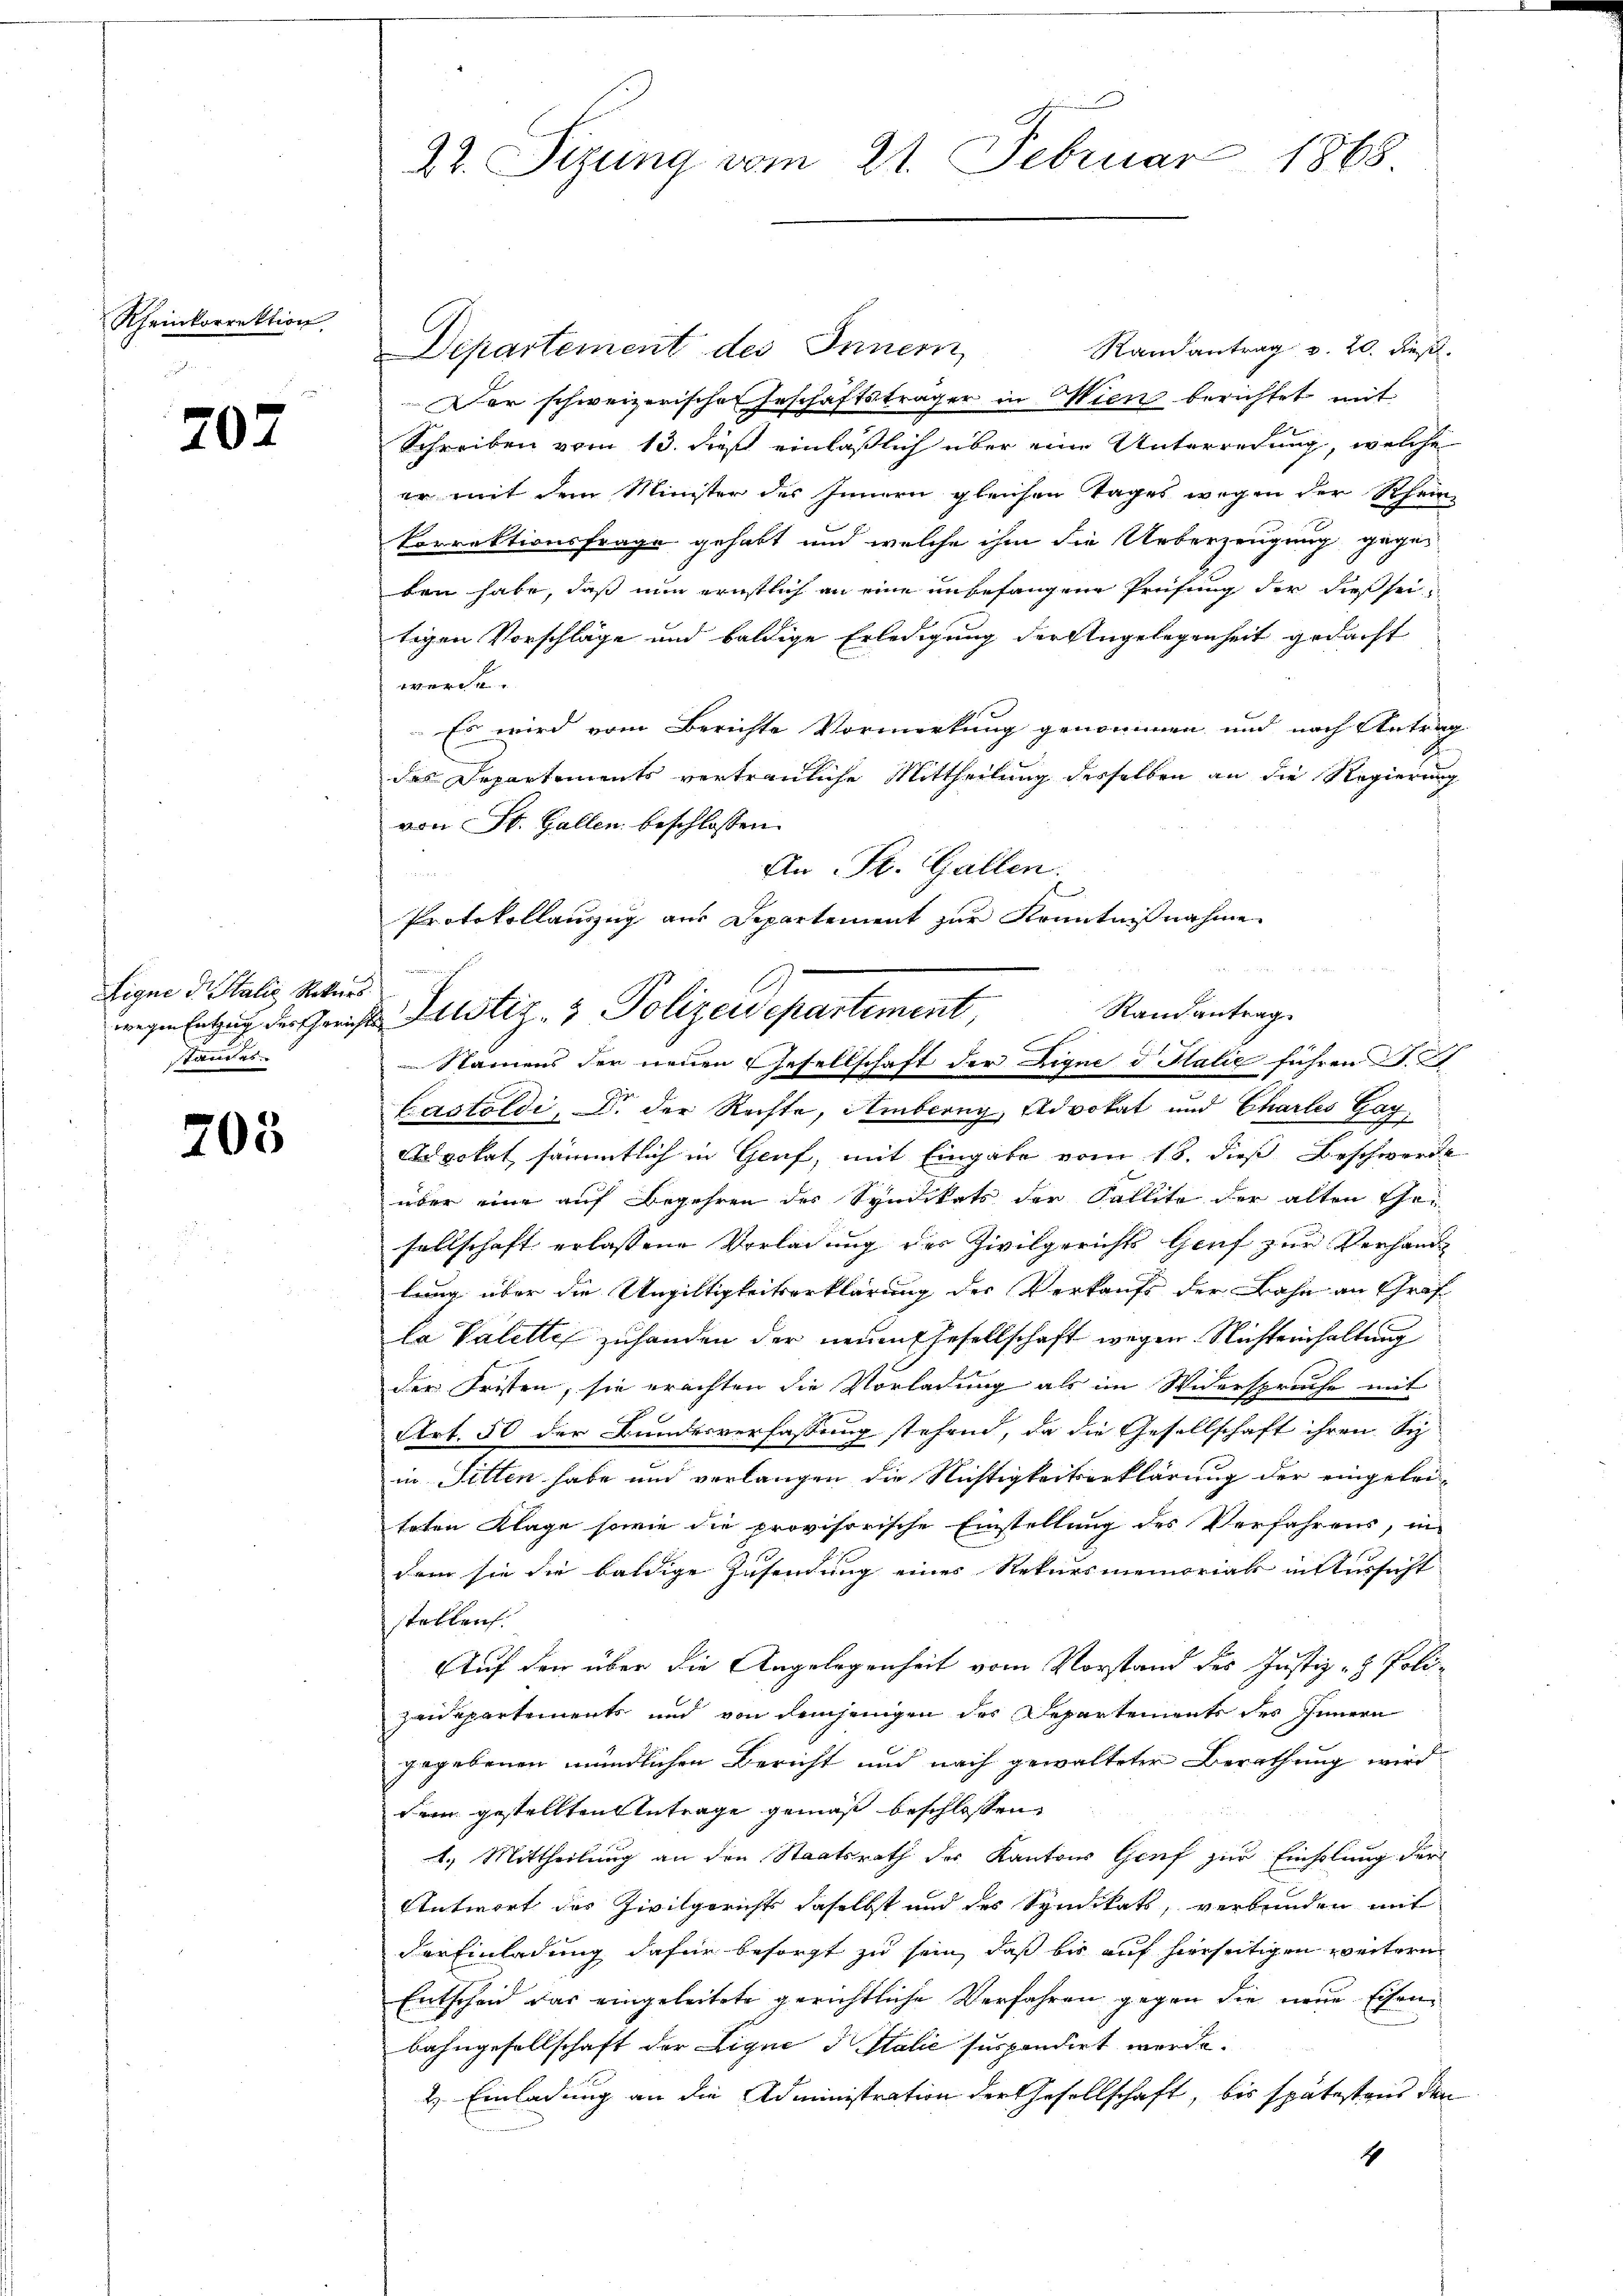
Rheinkorrektion

707

Eigne d. Stalie Rekurs.
stand es

203

22. Sizung vom 21. Februar 1868

Randantrag v. 20. dieß.
Departement des Innern
Der schweizerischen Geschäftsträger in Wien berichtet mit
Schreiben vom 13. dieß einläßlich über eine Unterredung, welche
er mit dem Minister des Innern gleichen Tages wegen der Rhein-
Vorrektionsfrage gehabt und welche ihm die Ueberzeugung gegen
ben habe, daß nun ernstlich an eine unbefangene Prüfung der dießseitigen Vorschläge und baldige Erledigung der Angelegenheit gedacht
.
Es wird vom Berichte Vormerkung genommen und nach Antrag
des Departements vertrauliche Mittheilung derselben an die Regierung
von St. Gallen beschlossen:
An St. Gallen.
.
Protokollanzug aus Departement zur Kenntnißnahme

ierun
Randantrag.
wegen Entzug der Gerichts Justiz- & Polizeisepartement
Namens der neuen Gesellschaft der Digne d. Halić führen d. 21

Lastoldi, der Rechte, Amberg, Advokat und Chartes Gag
Epokat sämmtlich in Genf, mit Eingabe vom 18. dieß Beschwerde
über eine auf Begehren der Syndikats der Fallite der alten Thei
sellschaft erlassene Vorladung der Zivilgerichts Genf zur Verhand
lung über die Ungültigkeitserklärung des Verkaufs der Bahn an Graf
la Valette zuhanden der neuen Ehesellschaft wegen Nichteinhaltung
der Fristen, sie erachten die Vorladung als im Widersprache mit
Art. 50 der Bundesverfassung stehend, da die Gesellschaft ihren Sch
in Sitten habe und verlangen die Nichtigkeitserklärung der eingetri-
teten Klage sowie die provisorische Einstellung des Verfahrens, in
dem sie die baldige Zusendung eines Rekursmemorials in Aussicht
stellen.
Auf den über die Angelegenheit vom Vorstand des Justiz- & Polizeidepartements und von demjenigen der Departements des Innern
gegebenen mündlichen Bericht und nach gewalteter Berathung wird
Dein gestellten Antrage gemäß beschlossen,
1.) Mittheilung an den Staatsrath des Kantons Genf zur Einholung der
Antwort des Zivilgericht daselbst und des Syndikats, verbunden mit
der Einladung dafür besorgt zu sein, daß bis auf hierseitigen weitern
Entscheid das eingeleitete gerichtliche Verfahren gegen die neue Eisen¬
Bahngesellschaft der Lique d Italić suspendirt werde.
2. Einladung an die Administration der Gesellschaft, bis spätestens den
1